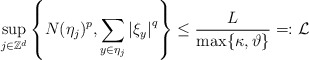
\begin{align*}\sup_{j\in \mathbb{Z}^{d}}\left\{ N(\eta _{j})^{p},\sum_{y\in \eta_{j}}\left\vert \xi _{y}\right\vert ^{q}\right\} \leq \frac{L}{\max \{\kappa,\vartheta \}}=:\mathcal{L} \end{align*}